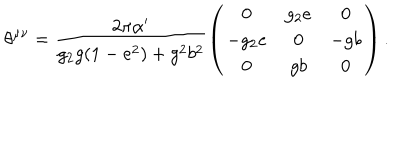
LaTeX: \theta ^ { \mu \nu } = \frac { 2 \pi \alpha ^ { \prime } } { g _ { 2 } g ( 1 - e ^ { 2 } ) + g ^ { 2 } b ^ { 2 } } \left( \begin{array} { c c c } { { 0 } } & { { g _ { 2 } e } } & { { 0 } } \\ { { - g _ { 2 } e } } & { { 0 } } & { { - g b } } \\ { { 0 } } & { { g b } } & { { 0 } } \\ \end{array} \right) .